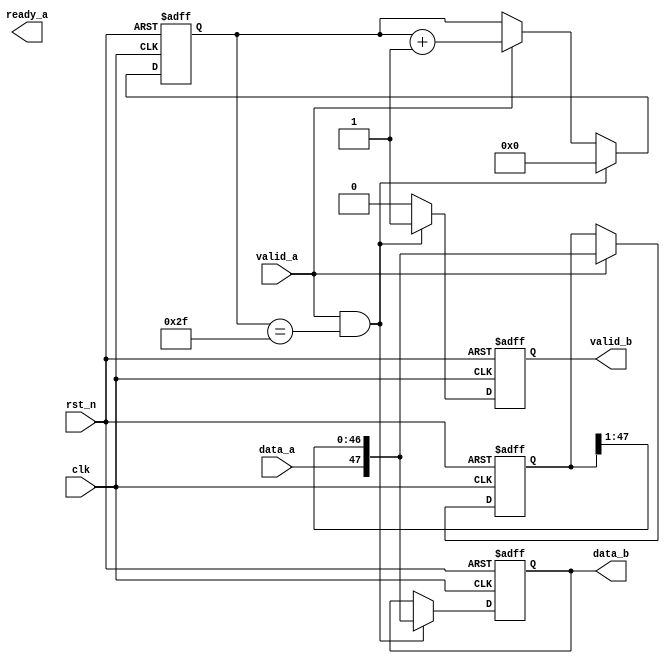
module s_to_p #(parameter 
    N = 48
)(
    input           clk ,
    input           rst_n,
    input           valid_a,
    input           data_a,
    output  reg         ready_a,
    output  reg         valid_b,
    output  reg [N-1:0] data_b
);

reg     [N-1 : 0]   data_reg;

/* verilator lint_off WIDTHEXPAND */
always @(posedge clk or negedge rst_n) begin
    if(!rst_n)
        data_reg <= 'd0;
    else if(valid_a)
        data_reg <= {data_a, data_reg[N-1 : 1]};
    else
        data_reg <= data_reg;
end

localparam WIDTH_CNT = $clog2(N);
reg     [WIDTH_CNT-1:0] cnt;

always @(posedge clk or negedge rst_n) begin
    if(!rst_n)
        cnt <= 'd0;
    else if(valid_a && cnt == (N-1))
        cnt <= 'd0;
    else if(valid_a)
        cnt <= cnt + 1'b1;
    else
        cnt <= cnt;
end

always @(posedge clk or negedge rst_n) begin
    if(!rst_n) begin
        valid_b <= 1'b0;
        data_b <= 'd0;
    end else if(valid_a && cnt == (N-1)) begin
        valid_b <= 1'b1;
        data_b <= {data_a, data_reg[N-1 : 1]};
    end else begin
        valid_b <= 1'b0;
        data_b <= data_b;
    end
end

endmodule